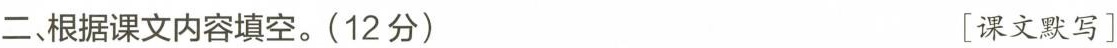
二、根据课文内容填空。(12分) [课文默写1.___，人欢笑，_，放鞭炮。2.______，吃月饼，__。3.满天的______，_______。树上的叶子__，蝉一声也不出。4.雨越下越大。_─_，树啊，___啊，5.天亮起来了。____，